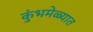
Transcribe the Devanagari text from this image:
कुंभमेळ्यात